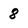
Character: 8